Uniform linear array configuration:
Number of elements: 4
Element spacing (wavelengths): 0.5
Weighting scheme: binomial
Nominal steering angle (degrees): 30
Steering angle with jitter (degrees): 30.895
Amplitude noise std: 0.05
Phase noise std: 0.05

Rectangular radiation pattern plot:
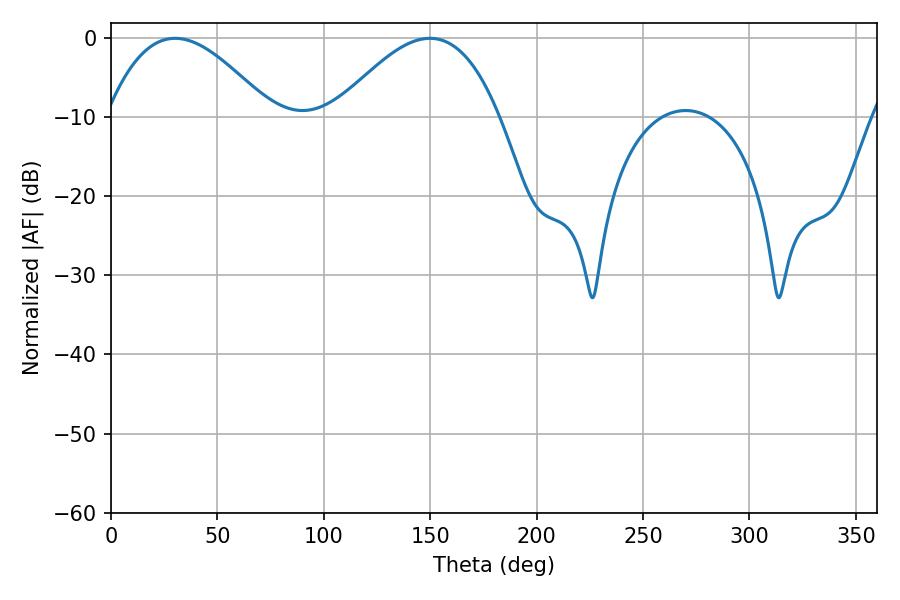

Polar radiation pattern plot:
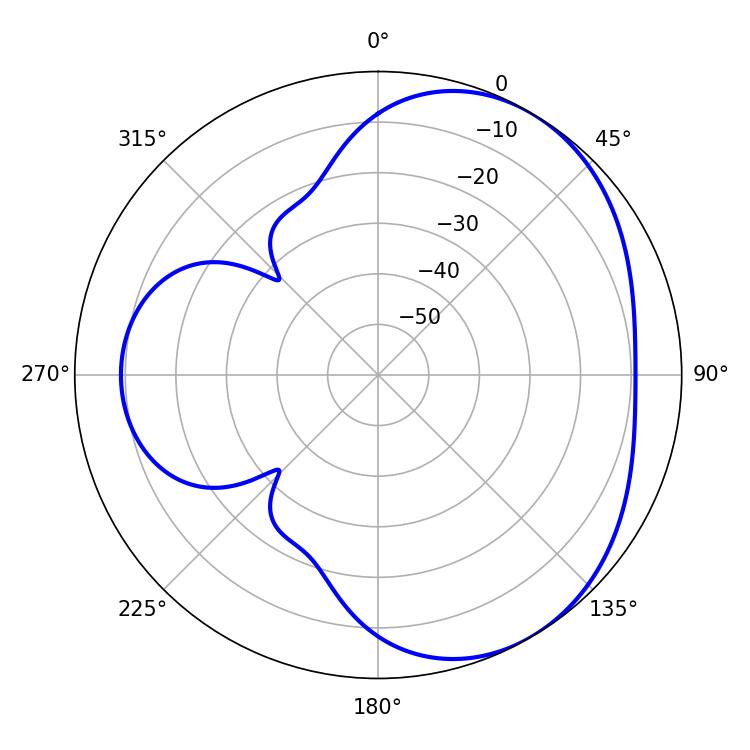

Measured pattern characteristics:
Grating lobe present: FALSE
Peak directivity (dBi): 3.921
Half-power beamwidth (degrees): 41.94
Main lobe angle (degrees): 30.06